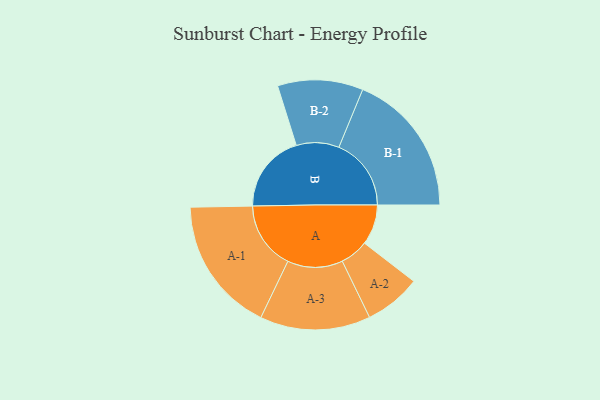
{"axis": {"x": "Segment", "y": "Value"}, "legend": ["", "A", "B"], "data": [{"x": "A", "y": 151, "type": ""}, {"x": "B", "y": 295, "type": ""}, {"x": "A-1", "y": 254, "type": "A"}, {"x": "A-2", "y": 106, "type": "A"}, {"x": "A-3", "y": 207, "type": "A"}, {"x": "B-1", "y": 271, "type": "B"}, {"x": "B-2", "y": 160, "type": "B"}]}